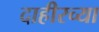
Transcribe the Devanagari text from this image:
दाहीरच्या